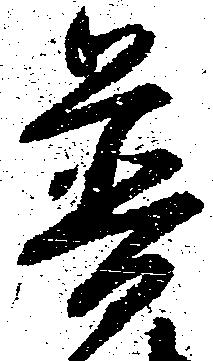
普